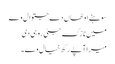
سوہنے اوٹھاں دے جتوال وے
میں نازک جٹی روہی دی
میرا آپے رکھ خیال وے ۔